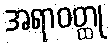
အရာဝတ္ထု